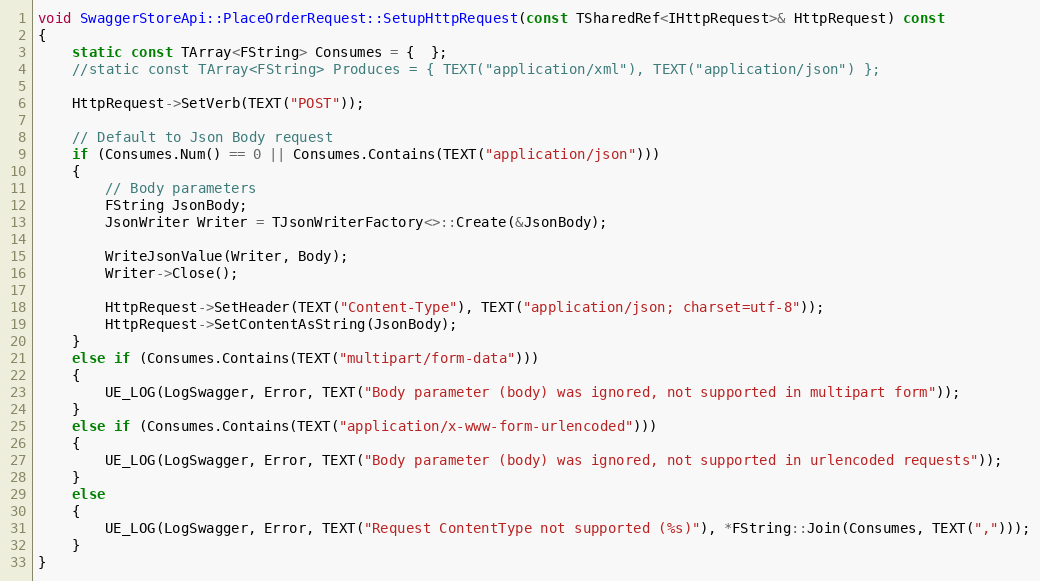
Language: C++
void SwaggerStoreApi::PlaceOrderRequest::SetupHttpRequest(const TSharedRef<IHttpRequest>& HttpRequest) const
{
	static const TArray<FString> Consumes = {  };
	//static const TArray<FString> Produces = { TEXT("application/xml"), TEXT("application/json") };

	HttpRequest->SetVerb(TEXT("POST"));

	// Default to Json Body request
	if (Consumes.Num() == 0 || Consumes.Contains(TEXT("application/json")))
	{
		// Body parameters
		FString JsonBody;
		JsonWriter Writer = TJsonWriterFactory<>::Create(&JsonBody);

		WriteJsonValue(Writer, Body);
		Writer->Close();

		HttpRequest->SetHeader(TEXT("Content-Type"), TEXT("application/json; charset=utf-8"));
		HttpRequest->SetContentAsString(JsonBody);
	}
	else if (Consumes.Contains(TEXT("multipart/form-data")))
	{
		UE_LOG(LogSwagger, Error, TEXT("Body parameter (body) was ignored, not supported in multipart form"));
	}
	else if (Consumes.Contains(TEXT("application/x-www-form-urlencoded")))
	{
		UE_LOG(LogSwagger, Error, TEXT("Body parameter (body) was ignored, not supported in urlencoded requests"));
	}
	else
	{
		UE_LOG(LogSwagger, Error, TEXT("Request ContentType not supported (%s)"), *FString::Join(Consumes, TEXT(",")));
	}
}